Indian Civil Veterinary Department memoirs
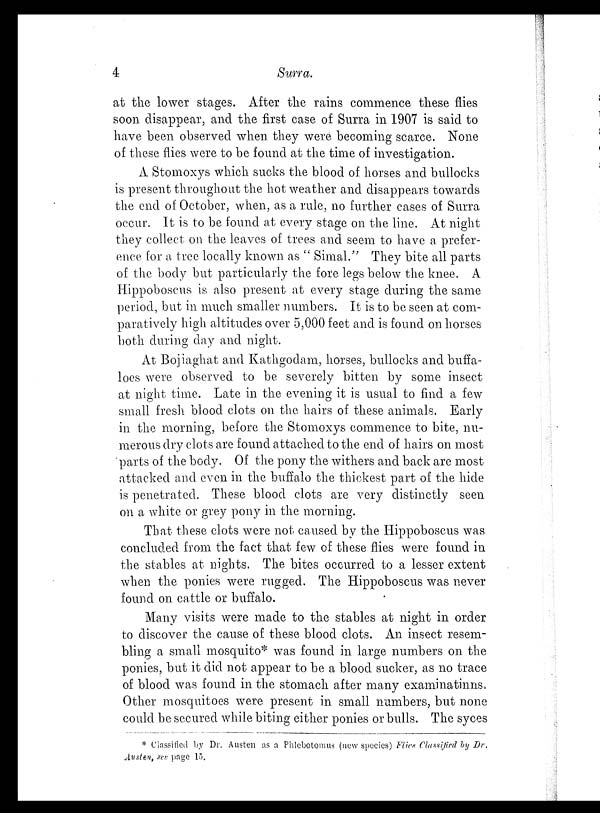
4
Surra.
at the lower stages. After the rains commence these flies
soon disappear, and the first case of Surra in 1907 is said to
have been observed when they were becoming scarce. None
of these flies were to be found at the time of investigation.
A Stomoxys which sucks the blood of horses and bullocks
is present throughout the hot weather and disappears towards
the end of October, when, as a rule, no further cases of Surra
occur. It is to be found at every stage on the line. At night
they collect on the leaves of trees and seem to have a prefer-
ence for a tree locally known as " Simal. " They bite all parts
of the body but particularly the fore legs below the knee. A
Hippoboscus is also present at every stage during the same
period, but in much smaller numbers. It is to be seen at com-
paratively high altitudes over 5,000 feet and is found on horses
both during day and night.
At Bojiaghat and Kathgodam, horses, bullocks and buffa-
loes were observed to be severely bitten by some insect
at night time. Late in the evening it is usual to find a few
small fresh blood clots on the hairs of these animals. Early
in the morning, before the Stomoxys commence to bite, nu-
merous dry clots are found attached to the end of hairs on most
parts of the body. Of the pony the withers and back are most
attacked and even in the buffalo the thickest part of the hide
is penetrated. These blood clots are very distinctly seen
on a white or grey pony in the morning.
That these clots were not caused by the Hippoboscus was
concluded from the fact that few of these flies were found in
the stables at nights. The bites occurred to a lesser extent
when the ponies were rugged. The Hippoboscus was never
found on cattle or buffalo.
Many visits were made to the stables at night in order
to discover the cause of these blood clots. An insect resem-
bling a small mosquito* was found in large numbers on the
ponies, but it did not appear to be a blood sucker, as no trace
of blood was found in the stomach after many examinatinns.
Other mosquitoes were present in small numbers, but none
could be secured while biting either ponies or bulls. The syces
* Classified by Dr. Austen as a Phlebotomus (new species) Flies Classified by Dr.
Austen, see page 15.